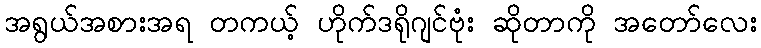
အရွယ်အစားအရ တကယ့် ဟိုက်ဒရိုဂျင်ဗုံး ဆိုတာကို အတော်လေး